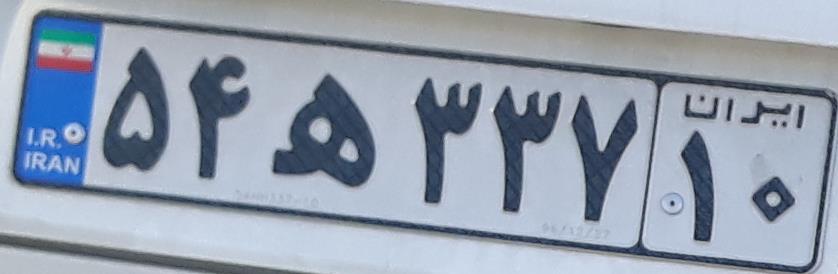
۵۴ه۳۳۷۱۰